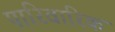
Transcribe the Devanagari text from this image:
पारिवारिक